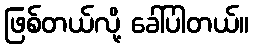
ဖြစ်တယ်လို့ ခေါ်ပါတယ်။